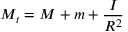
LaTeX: M _ { t } = M + m + { \frac { I } { R ^ { 2 } } }